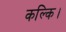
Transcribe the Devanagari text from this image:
कल्कि।